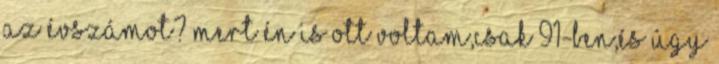
az évszámot? Mert én is ott voltam,csak 91-ben,és úgy